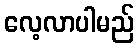
လေ့လာပါမည်